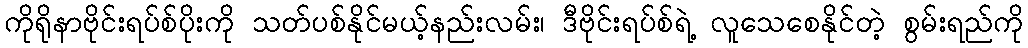
ကိုရိုနာဗိုင်းရပ်စ်ပိုးကို သတ်ပစ်နိုင်မယ့်နည်းလမ်း၊ ဒီဗိုင်းရပ်စ်ရဲ့ လူသေစေနိုင်တဲ့ စွမ်းရည်ကို